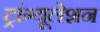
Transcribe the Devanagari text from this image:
ट्रांग्यूलेशन